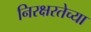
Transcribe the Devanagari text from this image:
निरक्षरतेच्या